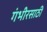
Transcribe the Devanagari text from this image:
गंभीरसाठी